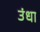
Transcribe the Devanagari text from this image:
उंधा